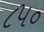
૮૫૦